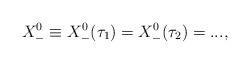
LaTeX: \begin{align*}X^0_-\equiv X^0_-(\tau_1)=X^0_-(\tau_2)=...,\end{align*}